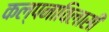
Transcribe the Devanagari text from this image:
कल्पनाविलासी